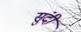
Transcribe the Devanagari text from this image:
सुंदी